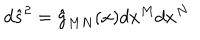
LaTeX: d { \hat { s } } ^ { 2 } = { \hat { g } } _ { M N } ( x ) d x ^ { M } d x ^ { N }